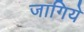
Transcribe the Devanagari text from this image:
जागिये